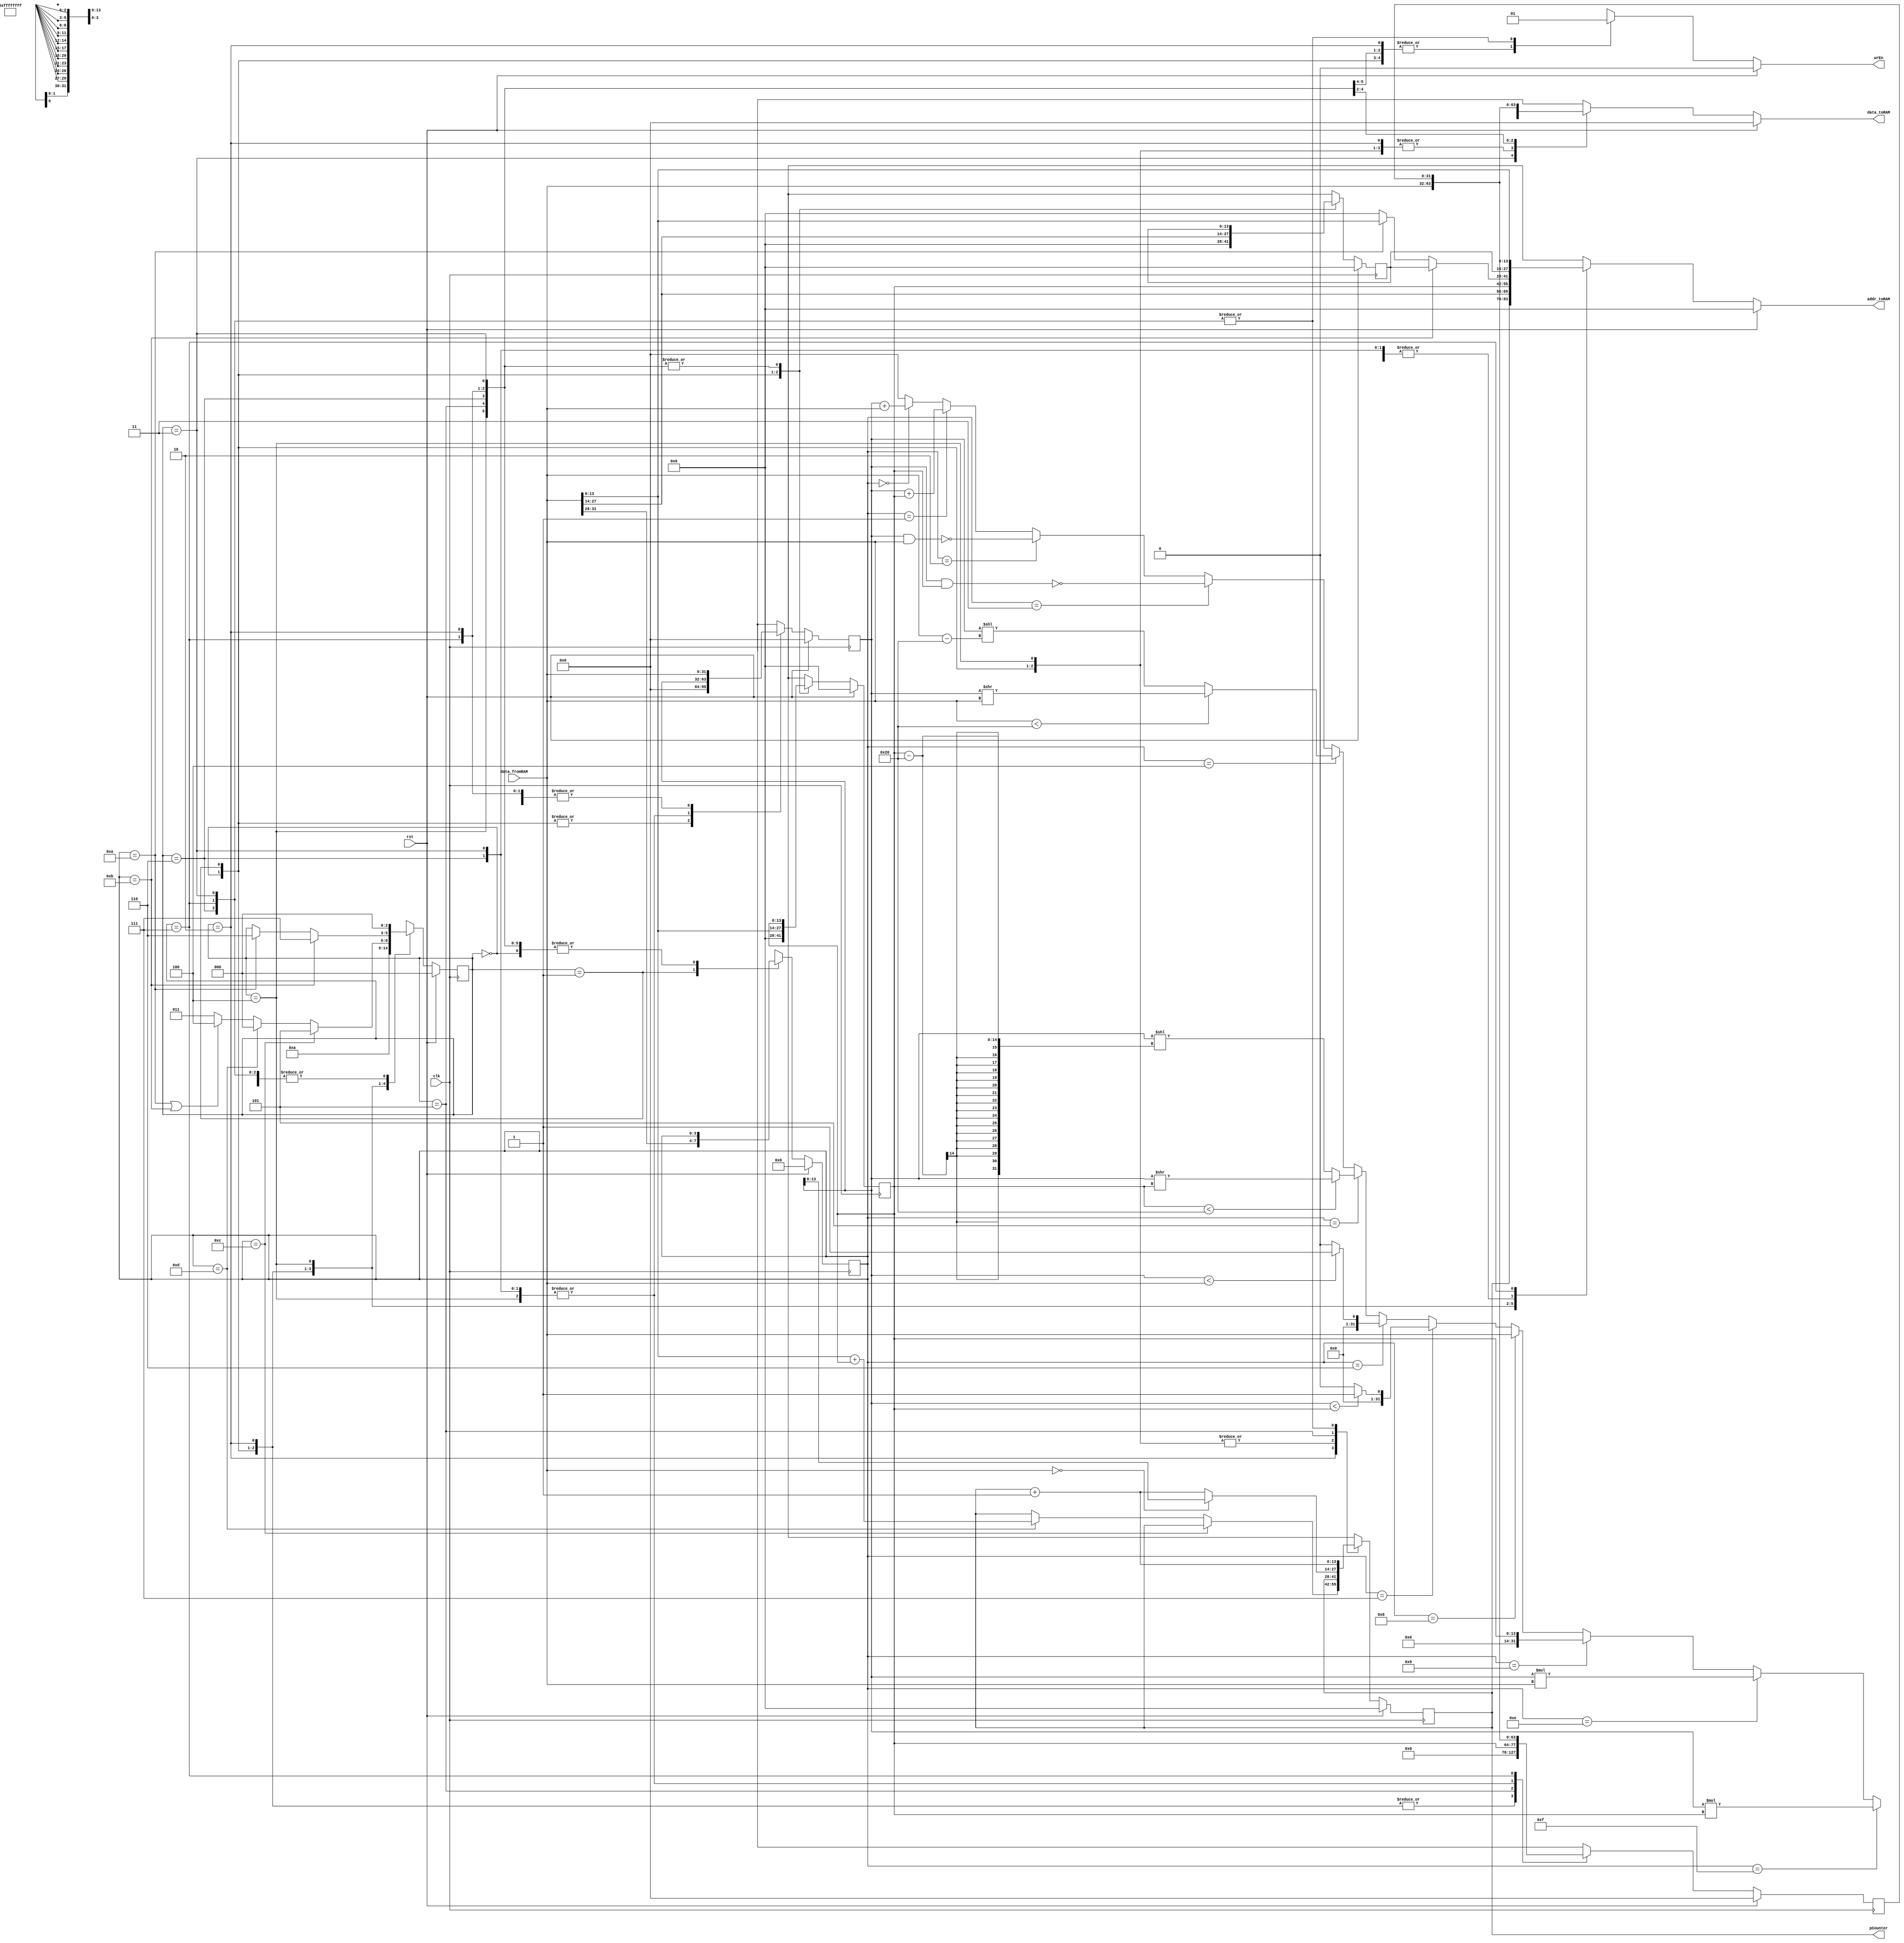
`timescale 1ns / 1ps
module SimpleCPU(clk, rst, data_fromRAM, wrEn, addr_toRAM, data_toRAM, pCounter);
 
parameter SIZE = 14;

input clk, rst;
input wire [31:0] data_fromRAM;
output reg wrEn;
output reg [SIZE-1:0] addr_toRAM;
output reg [31:0] data_toRAM;
output reg [SIZE-1:0] pCounter;

// internal signals
reg [SIZE-1:0] pCounterNext;
reg [ 3:0] opcode, opcodeNext;
reg [13:0] operand1, operand2, operand1Next, operand2Next;
reg [31:0] num1, num2, num1Next, num2Next;
reg [ 2:0] state, stateNext;


always @(posedge clk) begin
  state    <= #1 stateNext;
  pCounter <= #1 pCounterNext;
  opcode   <= #1 opcodeNext;
  operand1 <= #1 operand1Next;
  operand2 <= #1 operand2Next;
  num1     <= #1 num1Next;
  num2     <= #1 num2Next;
end

always @* begin
  stateNext    = state;
  pCounterNext = pCounter;
  opcodeNext   = opcode;
  operand1Next = operand1;
  operand2Next = operand2;
  num1Next     = num1;
  num2Next     = num2;
  addr_toRAM   = 0;
  wrEn         = 0;
  data_toRAM   = 0;
  if (rst) begin
    stateNext    = 0;
    pCounterNext = 0;
    opcodeNext   = 0;
    operand1Next = 0;
    operand2Next = 0;
    num1Next     = 0;
    num2Next     = 0;
    addr_toRAM   = 0;
    wrEn         = 0;
    data_toRAM   = 0;
  end else 
    case (state)
      0: begin         // "addr_toRAM = pCounter" => read memory location of pCounter
        pCounterNext = pCounter;
        opcodeNext   = opcode;
        operand1Next = 0;
        operand2Next = 0;
        addr_toRAM   = pCounter;
        num1Next     = 0;
        num2Next     = 0;
        wrEn         = 0;
        data_toRAM   = 0;
        stateNext    = 1;
      end
      1: begin          // take opcode and request *A
        pCounterNext = pCounter;
        opcodeNext   = data_fromRAM[31:28];
        operand1Next = data_fromRAM[27:14];
        operand2Next = data_fromRAM[13: 0];
        addr_toRAM   = data_fromRAM[27:14];
        num1Next     = 0;
        num2Next     = 0;
        wrEn         = 0;
        data_toRAM   = 0;
        stateNext = 2;
      end
      2: begin         // request *B and take *A
        pCounterNext = pCounter;
        opcodeNext   = opcode;
        operand1Next = operand1;
        operand2Next = operand2;
        addr_toRAM   = operand2;
        num1Next     = data_fromRAM;
        num2Next     = 0;
        wrEn         = 0;
        data_toRAM   = 0;
        if(opcode == 4'b1100) // BZJ
          stateNext = 5;
        else if(opcode == 4'b1101) begin // BZJi
          pCounterNext = data_fromRAM + operand2;
          stateNext = 0;
        end
        else if(opcode == 4'b1010 || opcode == 4'b1011) // CPI & CPIi
          stateNext = 4;
        else
          stateNext = 3;
      end
      3: begin         // take *B
        pCounterNext = pCounter + 1;
        opcodeNext = opcode;
        operand1Next = operand1;
        operand2Next = operand2;
        addr_toRAM = operand1;
        num1Next = num1;
        num2Next = data_fromRAM;
        wrEn = 1;
        if(opcode == 4'b0000) // ADD
          data_toRAM = num1 + data_fromRAM;
        if(opcode == 4'b0001) // ADDi
          data_toRAM = num1 + operand2;
        if(opcode == 4'b0010) // NAND
          data_toRAM = ~(num1 & data_fromRAM);
        if(opcode == 4'b0011) // NANDi
          data_toRAM = ~(num1 & operand2);
        if(opcode == 4'b0100) begin // SRL
          if(data_fromRAM < 32)
            data_toRAM = num1 >> data_fromRAM;
          else
            data_toRAM = num1 << (data_fromRAM - 32);
        end
        if(opcode == 4'b0101) begin // SRLi
          if(operand2 < 32)
            data_toRAM = num1 >> operand2;
          else
            data_toRAM = num1 << (operand2- 32);
        end
        if(opcode == 4'b0110) begin // LT
          if(num1 < data_fromRAM)
            data_toRAM = 1;
          else
            data_toRAM = 0;
        end
        if(opcode == 4'b0111) begin // LTi
          if(num1 < operand2)
            data_toRAM = 1;
          else
            data_toRAM = 0;
        end
        if(opcode == 4'b1000) // CP
          data_toRAM = data_fromRAM;
        if(opcode == 4'b1001) // CPi
          data_toRAM = operand2;
        if(opcode == 4'b1110) // MUL
          data_toRAM = num1 * data_fromRAM;
        if(opcode == 4'b1111) // MULi
          data_toRAM = num1 * operand2;
        stateNext = 0;
      end
      4: begin
        pCounterNext = pCounter;
        opcodeNext = opcode;
        operand1Next = operand1;
        operand2Next = operand2;
        num1Next = num1;
        num2Next = data_fromRAM;
        wrEn = 0;
        if(opcode == 4'b1010) begin // CPI
          addr_toRAM = data_fromRAM;
          stateNext = 6;
        end
        if(opcode == 4'b1011) begin // CPIi
          addr_toRAM = operand1;
          stateNext = 7;
        end
      end
      5: begin // BZJ
        opcodeNext   = opcode;
        operand1Next = operand1;
        operand2Next = operand2;
        addr_toRAM   = operand1;
        num1Next     = data_fromRAM;
        num2Next     = operand2;
        wrEn         = 0;
        if(data_fromRAM == 0)
          pCounterNext = num1;
        else
          pCounterNext = pCounter + 1;
        data_toRAM   = 32'hFFFF_FFFF;
        stateNext = 0;
      end
      6: begin // CPI
        pCounterNext = pCounter + 1;
        opcodeNext = opcode;
        operand1Next = operand1;
        operand2Next = operand2;
        addr_toRAM = operand1;
        num1Next = num1;
        num2Next = data_fromRAM;
        wrEn = 1;
        data_toRAM = data_fromRAM;
        stateNext = 0;
      end
      7: begin // CPIi
        pCounterNext = pCounter + 1;
        opcodeNext = opcode;
        operand1Next = operand1;
        operand2Next = operand2;
        addr_toRAM = data_fromRAM;
        num1Next = data_fromRAM;
        wrEn = 1;
        num2Next = num2;
        data_toRAM = num2;
        stateNext = 0;
      end
      default: begin
        stateNext    = 0;
        pCounterNext = 0;
        opcodeNext   = 0;
        operand1Next = 0;
        operand2Next = 0;
        num1Next     = 0;
        num2Next     = 0;
        addr_toRAM   = 0;
        wrEn         = 0;
        data_toRAM   = 0;
      end
    endcase
end

endmodule